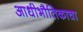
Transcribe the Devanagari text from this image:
आधीभौतिकाचा